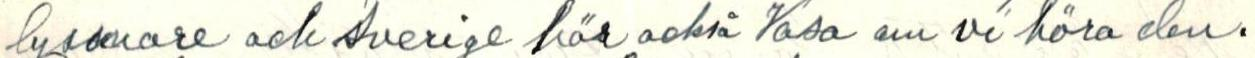
lyssnare och Sverige hör också Vasa om vi höra den.